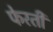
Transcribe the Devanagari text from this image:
फेरती